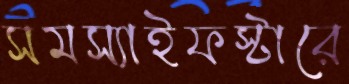
সমস্যাইফস্টারে